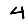
Digit: 4